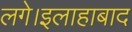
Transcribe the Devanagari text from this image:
लगे।इलाहाबाद